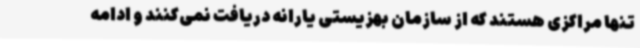
تنها مراکزی هستند که از سازمان بهزیستی یارانه دریافت نمی‌کنند و ادامه